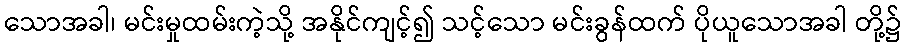
သောအခါ၊ မင်းမှုထမ်းကဲ့သို့ အနိုင်ကျင့်၍ သင့်သော မင်းခွန်ထက် ပိုယူသောအခါ တို့၌